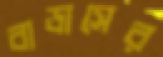
বাডাসের